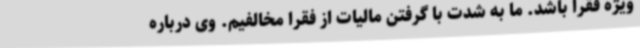
ویژه فقرا باشد. ما به شدت با گرفتن مالیات از فقرا مخالفیم. وی درباره